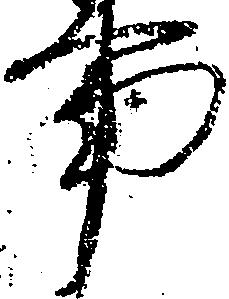
事